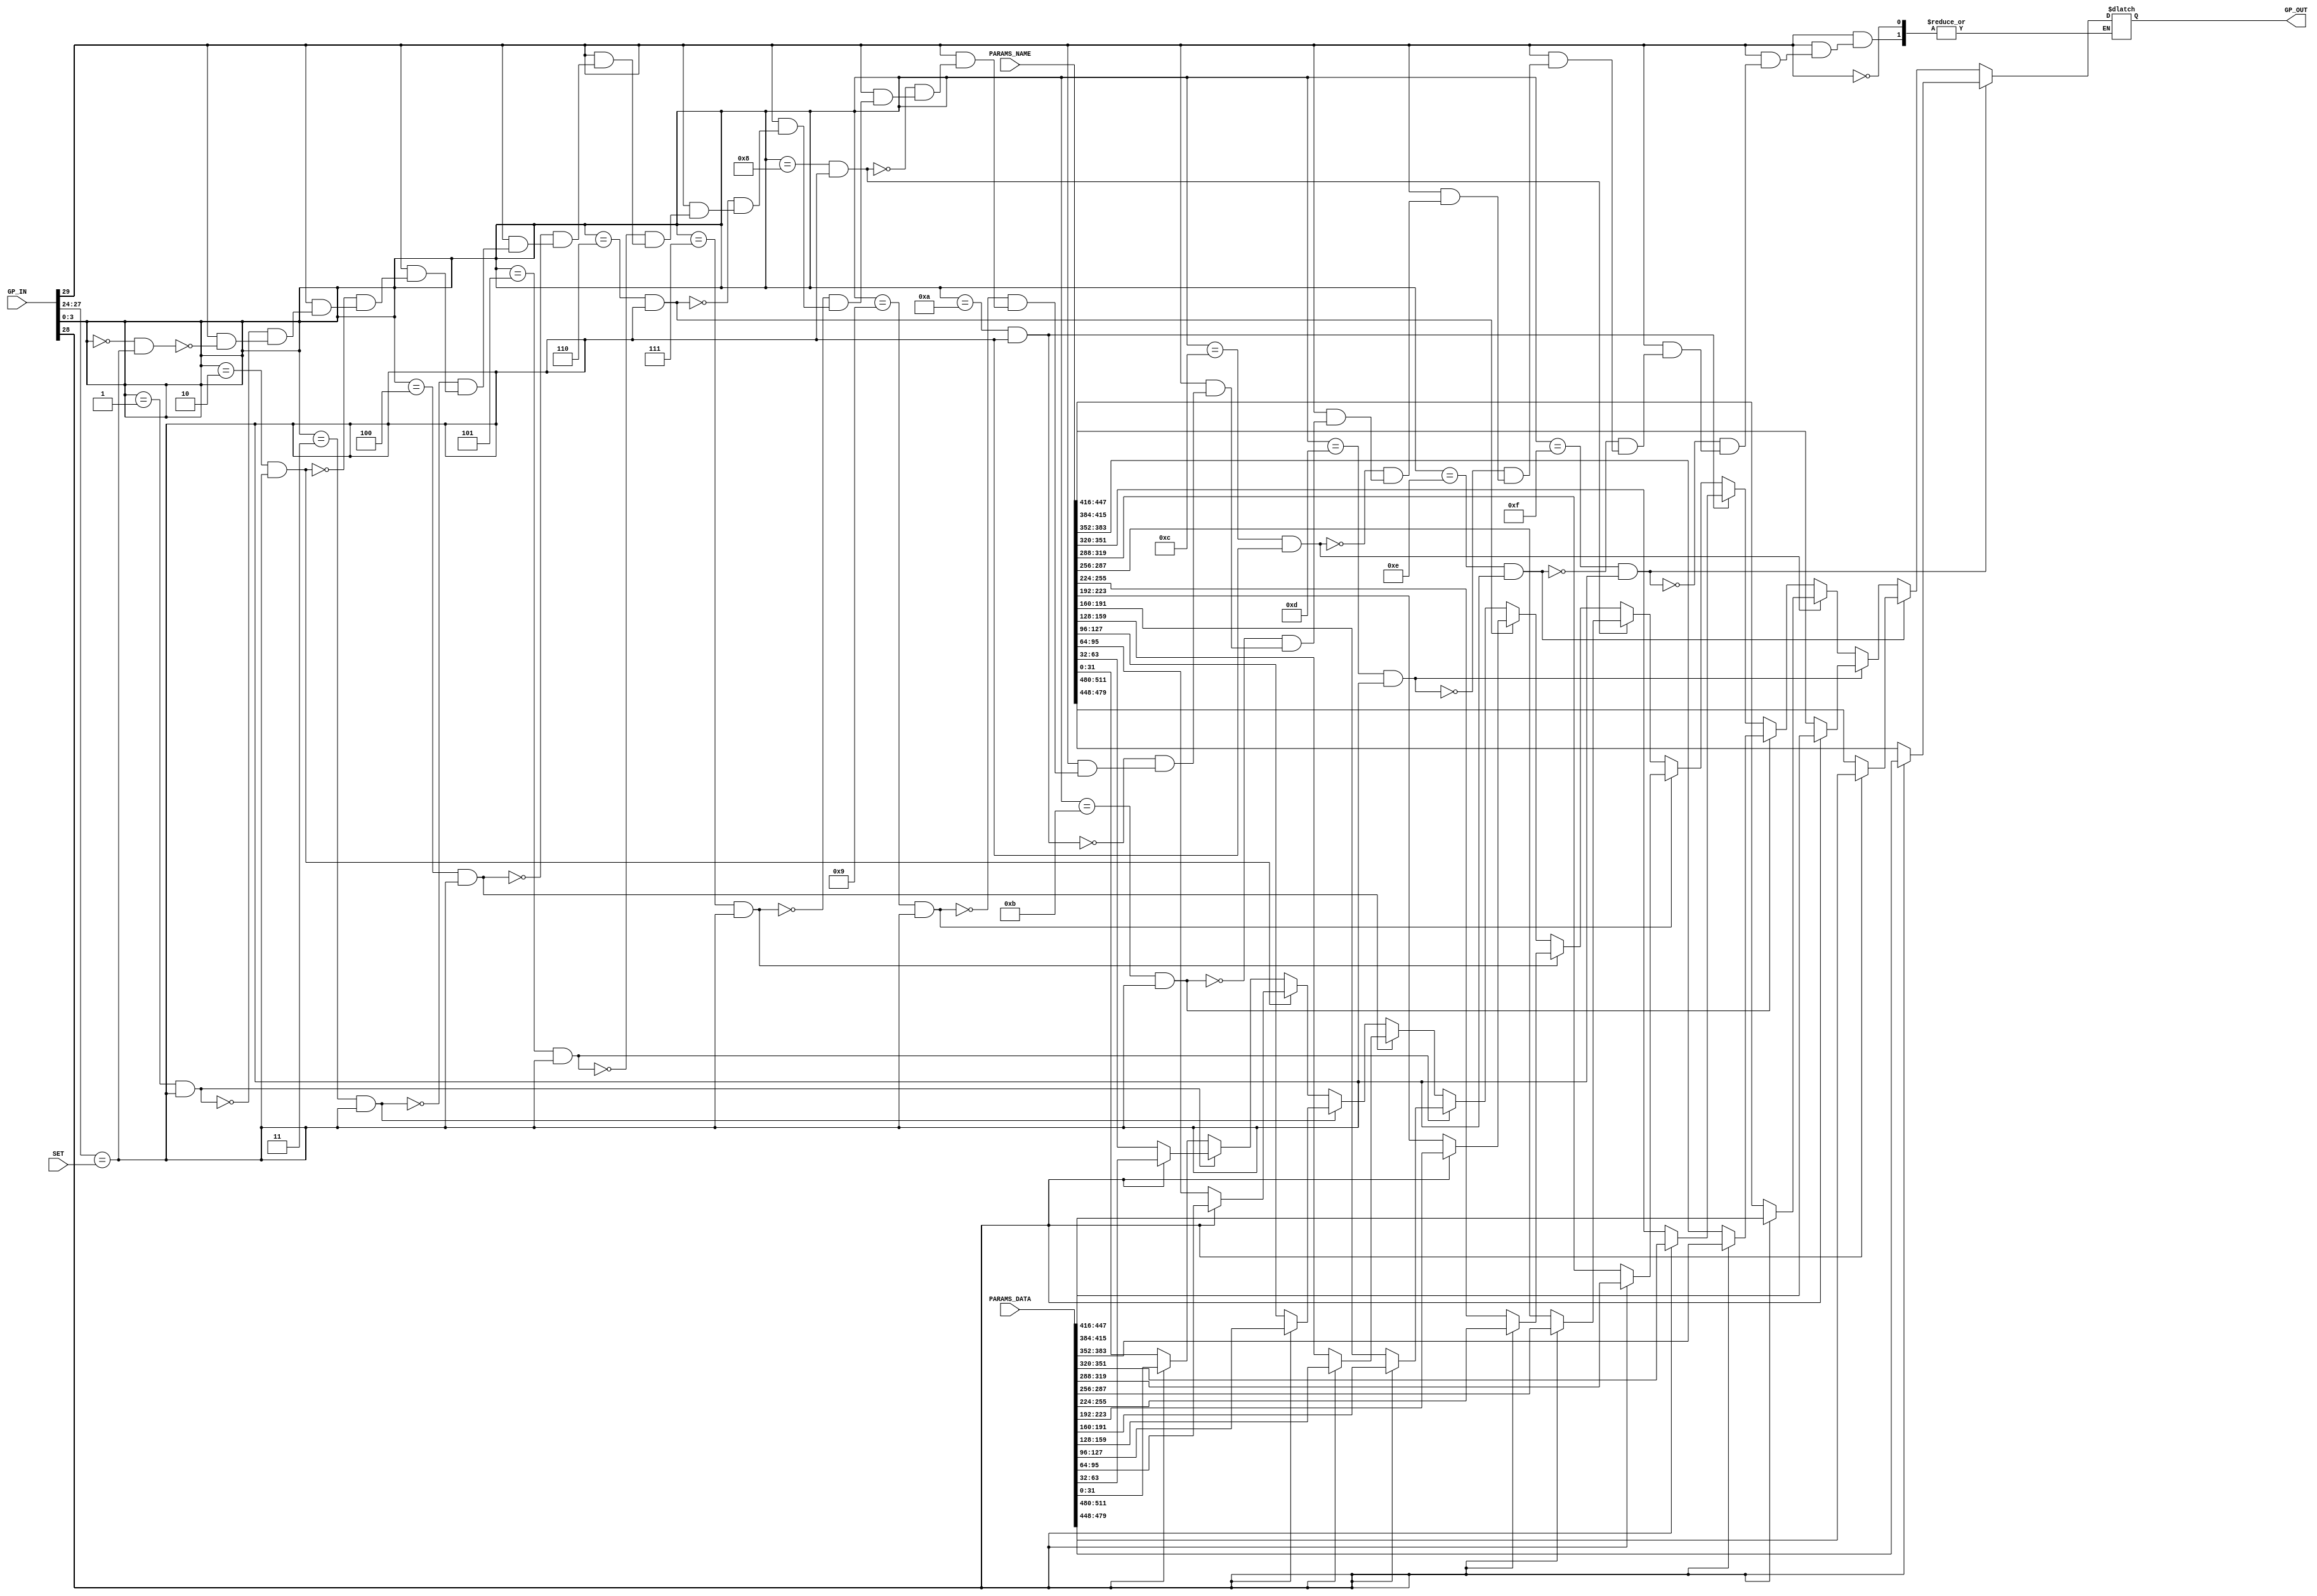
module GPIO_PARAMS #(
	parameter GPIO_WIDTH = 32,
	parameter PARAM_COUNT = 16
)(
	input  [GPIO_WIDTH - 1 : 0] GP_IN,
	input [PARAM_COUNT*GPIO_WIDTH - 1 : 0] PARAMS_DATA,
	input [PARAM_COUNT*GPIO_WIDTH - 1 : 0] PARAMS_NAME,
	input [3:0] SET,
	output [GPIO_WIDTH - 1 : 0] GP_OUT
);

	wire en;
	wire [3:0] parameter_set;
	reg [GPIO_WIDTH - 1 : 0] GP_OUT_PARAM = {GPIO_WIDTH{1'b0}};
	assign en = GP_IN[GPIO_WIDTH - 3];
	assign name = GP_IN[GPIO_WIDTH - 4];
	assign parameter_set = GP_IN[GPIO_WIDTH - 5: GPIO_WIDTH - 8];
	assign GP_OUT = GP_OUT_PARAM;
	integer i = 0;

	always @(GP_IN or PARAMS_DATA or en or parameter_set or SET or name)
	begin
		if(en) begin
			for(i=0; i<= PARAM_COUNT; i=i+1) begin
				if(GP_IN[3:0] == i%32 & parameter_set==SET) begin
					if(name) begin
						GP_OUT_PARAM = PARAMS_DATA[i * GPIO_WIDTH +: GPIO_WIDTH];
					end
					else begin
						GP_OUT_PARAM = PARAMS_NAME[i * GPIO_WIDTH +: GPIO_WIDTH];
					end
				end
			end
		end
	end
endmodule